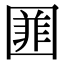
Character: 𡈚